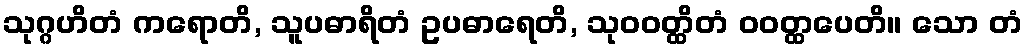
သုဂ္ဂဟိတံ ကရောတိ, သူပဓာရိတံ ဥပဓာရေတိ, သုဝဝတ္ထိတံ ဝဝတ္ထပေတိ။ သော တံ